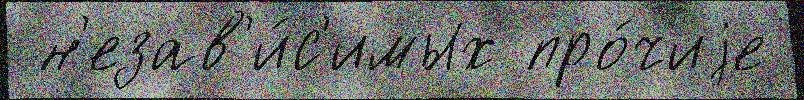
 н'езав'и́с'имых про́чиjе